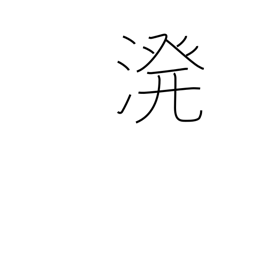
Meaning: sprinkle